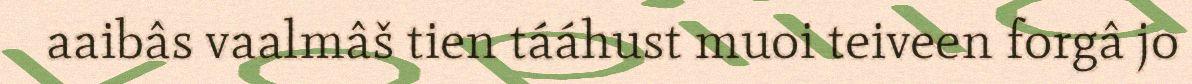
aaibâs vaalmâš tien tááhust muoi teiveen forgâ jo